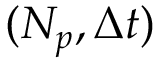
( N _ { p } , \Delta t )